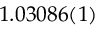
1 . 0 3 0 8 6 ( 1 )